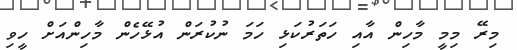
މިރޭ މިމީ މާހިން އާއި ހަތަރުކަޅި ހަމަ ނުކުރަން އުޅޭހެން މާހިންއަށް ހީވި